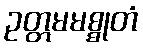
ဥတ္တမမစ္စုတံ